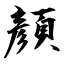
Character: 顔